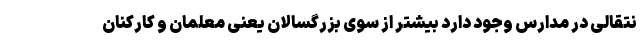
نتقالی در مدارس وجود دارد بیشتر از سوی بزرگسالان یعنی معلمان و کارکنان